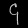
Digit: ၄